system: You are a helpful assistant.
user:
Analyze the provided spectrum to determine if it is a **M-type Giant (gM)**.

A M-type Giant spectrum is defined by its **strong molecular absorption** features, particularly from **Titanium Oxide (TiO)**. You must check for one of the following mutually exclusive signatures:

- **Key Visual Indicators (Absorption-Dominated Spectrum):**

    - **(Primary):** The spectrum is dominated by strong molecular absorption from **Titanium Oxide (TiO)**. This is the **defining feature** of its M-type temperature class.
        - **(Key Bandheads):** Look for sharp, "saw-tooth" absorption valleys. The strongest are located near **~7050 Å**, **~6160 Å**, and **~5170 Å**.
        - **(Line Profile):** The "saw-tooth" morphology is critical: a **sharp, steep drop on the BLUE (short-wavelength) side** of the bandhead, followed by a gradual recovery (rising flux) towards the RED (long-wavelength) side.

    - **(Key Confirmation - Giant vs. Dwarf):** **ABSENCE** of strong **Calcium Hydride (CaH)** molecular bands. This is the primary diagnostic for *excluding* M-dwarfs.
        - **(Key Region):** The spectrum should lack the strong, broad absorption band seen in dwarfs between **~6800 Å and ~7000 Å**.

    - **(Secondary Confirmation - Giant):** A very strong and broad **Neutral Calcium (Ca I)** atomic absorption line.
        - **(Key Line):** Located at **~4226 Å**. In a giant (gM), this line is significantly deeper and broader than the same line in an M-dwarf (dM) due to low surface gravity.

    - **(Overall Spectrum):**
        - The continuum is **extremely red-sloping** (i.e., flux is very low in the blue and rises dramatically towards the red).
        - The entire spectrum appears "chopped up" by the deep TiO bands.

Think first, call **spectral_visualization_tool** if needed to examine features in detail, then provide your final answer. Your response must adhere to the following strict rules:
1.  **Overall Structure:** Your response must follow the format `<think>...</think> <tool_call>...</tool_call> (if a tool is used) <answer>...</answer>`.
2.  **Tool Usage Constraint:** You may only make **one** tool call per turn.
3.  **Final Answer Format:** In the `<answer>` tag, your conclusion must be inside a `\boxed{}` command (e.g., `\boxed{YES}` or `\boxed{NO}`), followed by your justification.

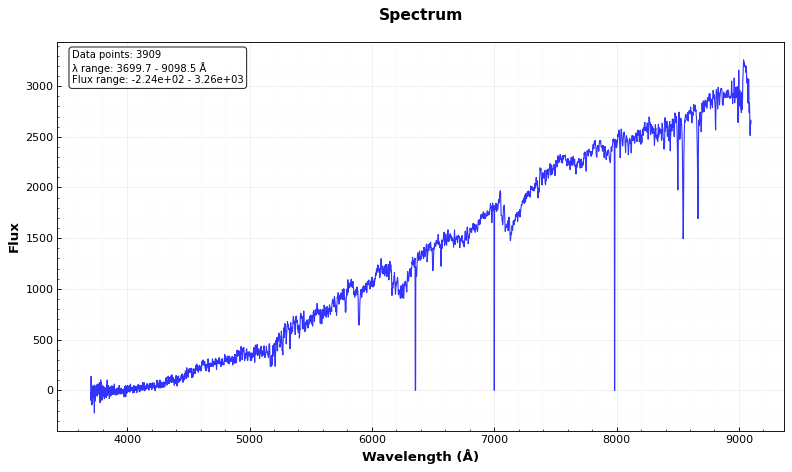
Answer: YES